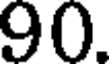
90.